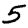
Digit: 5